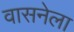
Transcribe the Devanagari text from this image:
वासनेला